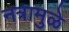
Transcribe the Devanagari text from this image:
नत्रामुळे